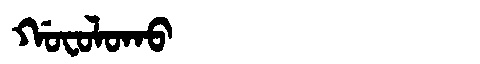
Manchu: ᡤᠣᠸᠣᠯᠣᡴᠣ
Romanization: GOFOLOKO